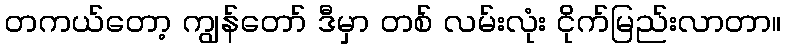
တကယ်တော့ ကျွန်တော် ဒီမှာ တစ် လမ်းလုံး ငိုက်မြည်းလာတာ။